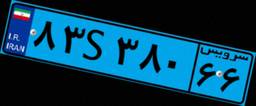
۸۳S۳۸۰۶۶